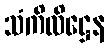
သံကိလိဋ္ဌေန